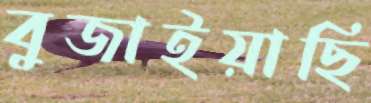
বুজাইয়াছি